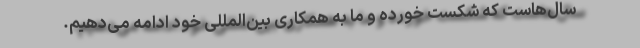
سال‌هاست که شکست خورده و ما به همکاری بین‌المللی خود ادامه می‌دهیم.